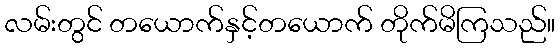
လမ်းတွင် တယောက်နှင့်တယောက် တိုက်မိကြသည်။